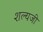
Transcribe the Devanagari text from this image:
शल्यजी